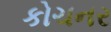
કોચનર